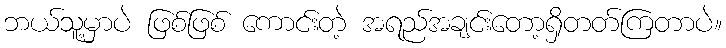
ဘယ်သူ့မှာပဲ ဖြစ်ဖြစ် ကောင်းတဲ့ အရည်အချင်းတော့ရှိတတ်ကြတာပဲ။